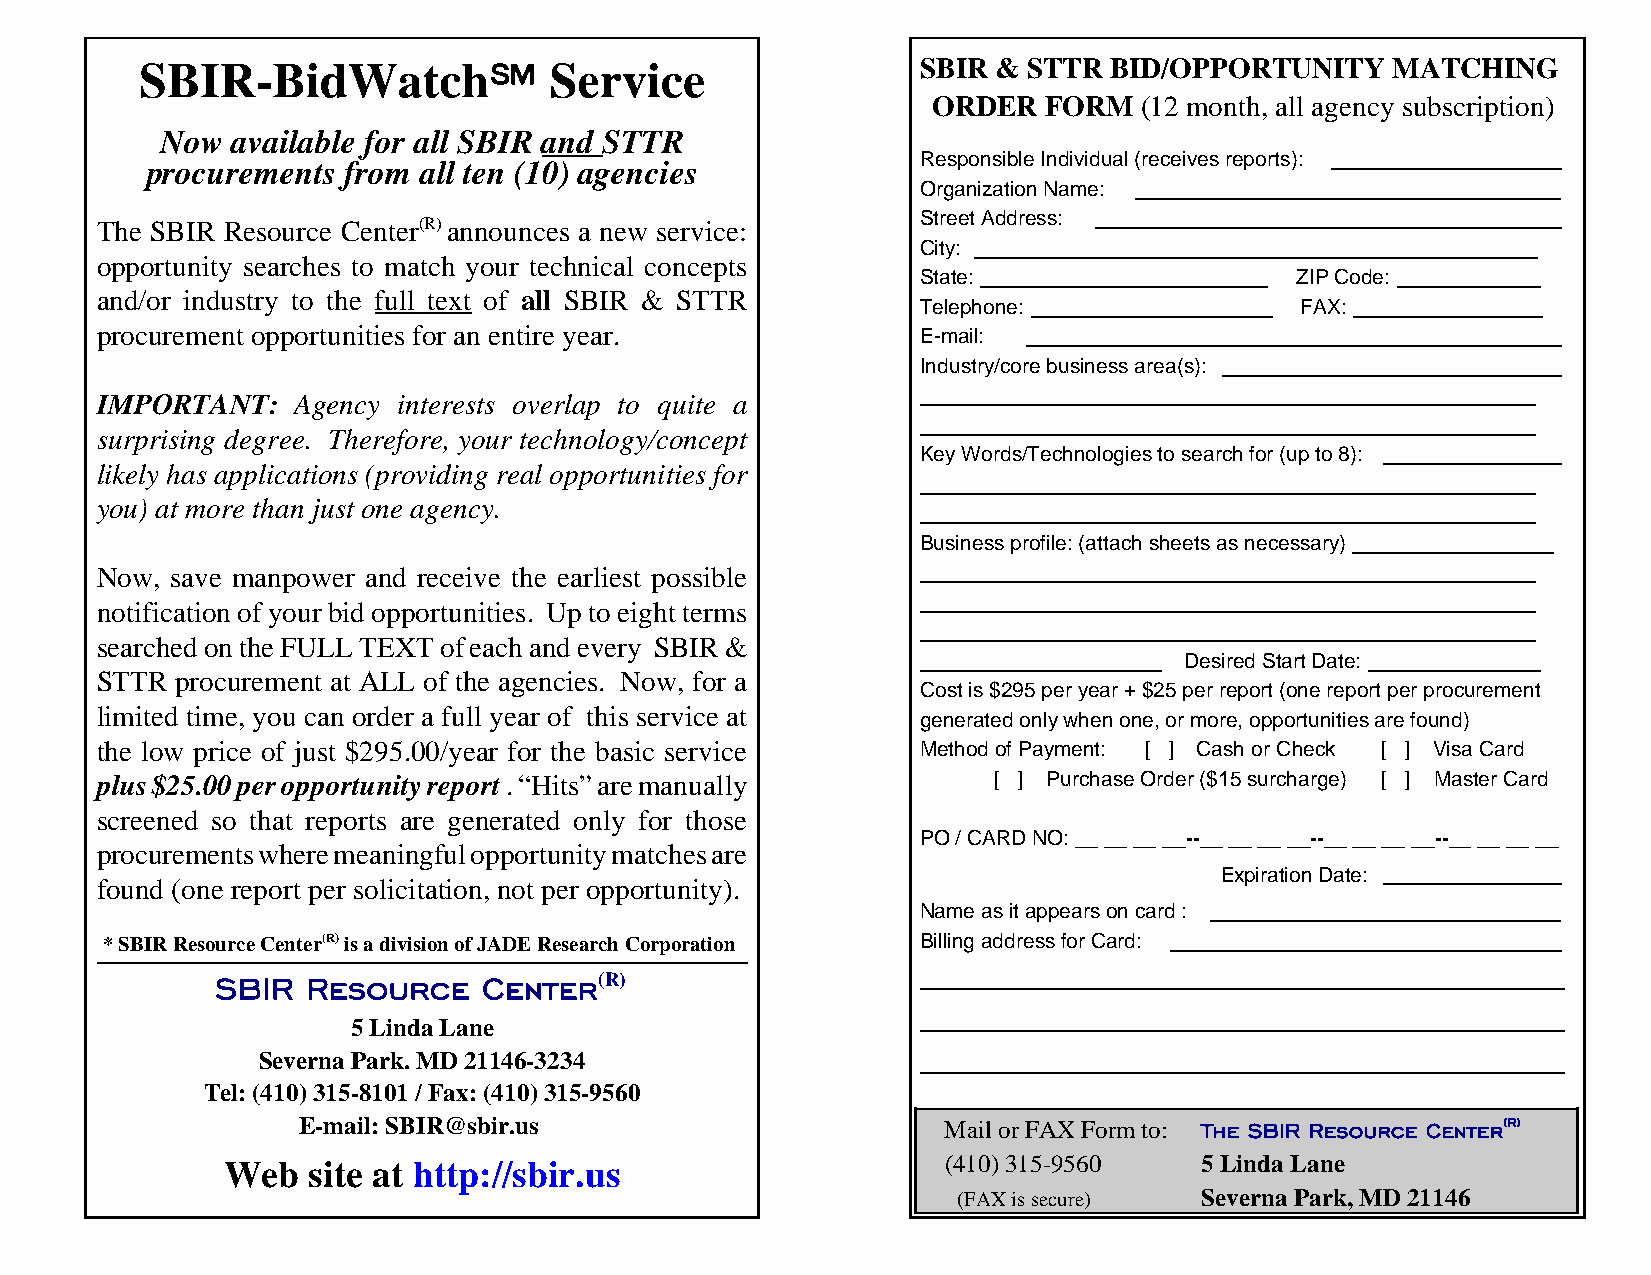
SBIR-BidWatchK             Service                  S BIR & STTR BID/OPPORTUNITY   MATCHING
 ORDER  FORM  (12 month, all agency subscription)
 Now available for all SBIR and STTR
 Responsible Individual (receives reports):
 procurements from all ten (10) agencies
 Organization Name:
 Street Address:
 The SBIR Resource Center(R) announces a new service:
 City:
 opportunity searches to match your technical concepts
 State:                   ZIP Code:
 and/or industry to the full text of all SBIR & STTR
 Telephone:               FAX:
 procurement opportunities for an entire year.          E-mail:
 Industry/core business area(s):
 IMPORTANT:    Agency interests overlap to quite a
 surprising degree. Therefore, your technology/concept
 Key Words/Technologies to search for (up to 8):
 likely has applications (providing real opportunities for
 you) at more than just one agency.
 Business profile: (attach sheets as necessary)
 Now, save manpower and receive the earliest possible
 notification of your bid opportunities. Up to eight terms
 searched on the FULL TEXT of each and every SBIR &
 Desired Start Date:
 STTR  procurement at ALL of the agencies. Now, for a
 Cost is $295 per year + $25 per report (one report per procurement
 limited time, you can order a full year of this service at
 generated only when one, or more, opportunities are found)
 the low price of just $295.00/year for the basic service Method of Payment: [ ] Cash or Check [ ] Visa Card
 plus $25.00 per opportunity report . “Hits” are manually    [ ] Purchase Order ($15 surcharge) [ ] Master Card
 screened so that reports are generated only for those
 PO / CARD NO: __ __ __ __--__ __ __ __--__ __ __ __--__ __ __ __
 procurements where meaningful opportunity matches are
 Expiration Date:
 found (one report per solicitation, not per opportunity).
 Name as it appears on card :
 * SBIR Resource Center(R) is a division of JADE Research Corporation Billing address for Card:
 SBIR  Resource    Center(R)
 5 Linda Lane
 Severna Park. MD 21146-3234
 Tel: (410) 315-8101 / Fax: (410) 315-9560
 E-mail: SBIR@sbir.us                      Mail or FAX Form to: The SBIR Resource Center(R)
 Web  site at http://sbir.us                     (410) 315-9560   5 Linda Lane
 (FAX is secure)  Severna Park, MD 21146